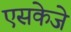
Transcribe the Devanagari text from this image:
एसकेजे